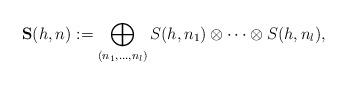
LaTeX: \begin{align*}{\bf S}(h,n):= \bigoplus_{(n_1,\dots,n_l)}S(h,n_1)\otimes \dots\otimes S(h,n_l), \end{align*}